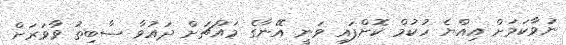
ނުވާކަމަށް އިއްޔެ ހުކުމް ކޮށްފައި ވަނީ އޭނާގެ މައްޗަށް ދައުވާ ސާބިތު ވާވަރަށް